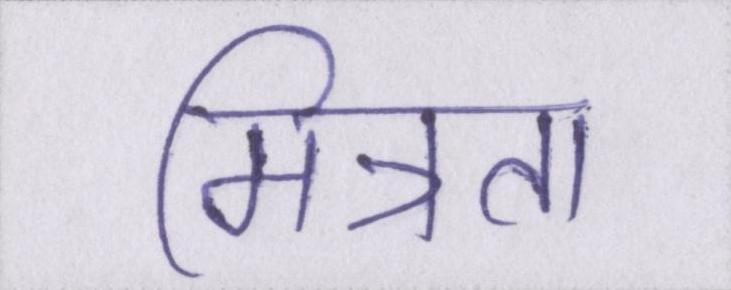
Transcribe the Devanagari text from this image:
मित्रता